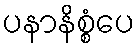
ပနာနိစ္စံပေ